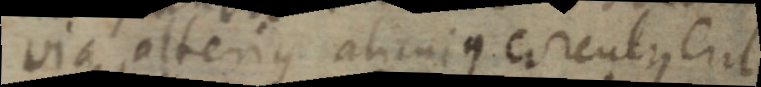
via alterius alicuius circulus erit